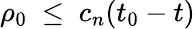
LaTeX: \rho_{0}~\le~c_{n}(t_{0}-t)